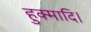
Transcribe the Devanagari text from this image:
हुक्मादि।